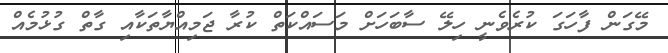
މޭގަން ފާހަގަ ކުރެވެނީ ހިލޭ ސާބަހަށް މަސައްކަތް ކުރާ ޖަމިއްޔާތަކާއި ގާތް ގުޅުމެއް